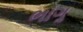
ભાગૢ